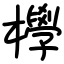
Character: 㰒